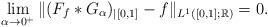
LaTeX: \begin{align*}\lim_{\alpha\to 0^+} \|(F_f*G_\alpha)_{|[0,1]}-f\|_{L^1([0,1];\mathbb{R})}=0.\end{align*}